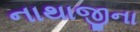
નાથાજીના